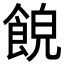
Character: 𩛨